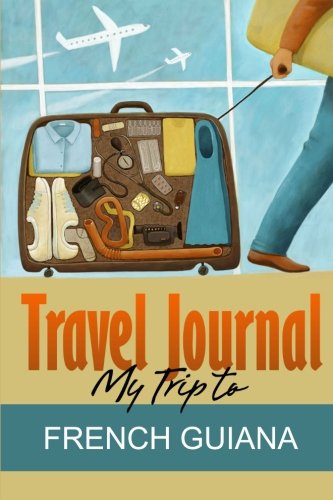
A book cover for Travel Journal: My Trip to French Guiana; Travel Diary; Travel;